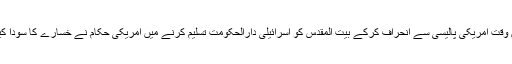
کیا اس وقت امریکی پالیسی سے انحراف کرکے بیت المقدس کو اسرائیلی دارالحکومت تسلیم کرنے میں امریکی حکام نے خسارے کا سودا کیا ہے؟